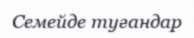
Семейде туғандар